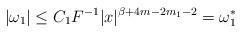
LaTeX: \begin{align*}|\omega _1|\le C_1F^{-1}|x| ^{\beta +4m-2m_1-2}=\omega^* _1\end{align*}